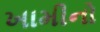
ખામીનો